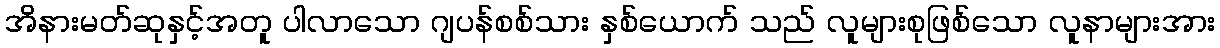
အိနားမတ်ဆုနှင့်အတူ ပါလာသော ဂျပန်စစ်သား နှစ်ယောက် သည် လူများစုဖြစ်သော လူနာများအား